Civil Veterinary Dept. Bombay admin report 1893-99 - 1893-1899
Year: 1893
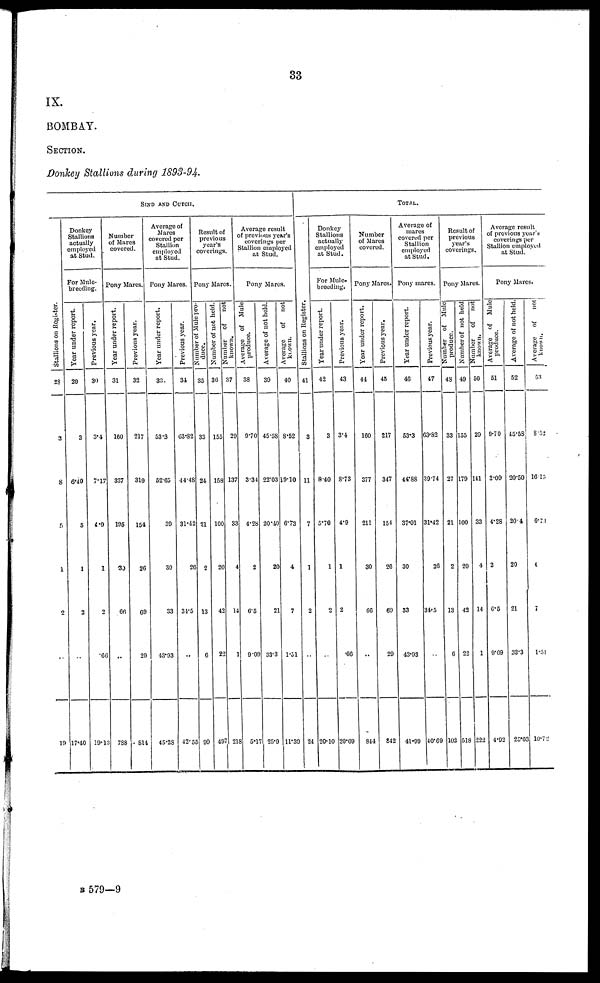
33
IX.
BOMBAY.
SECTION.
Donkey Stallions during 1893-94.
SIND AND CUTCH.
Stallions on Regi s t
er .
28
3
8
5
1
2
..
19
Donkey
Stallions
actually
employed
at Stud.
For Mule-
breeding.
Year under report.
29
3
6.40
5
1
2
..
17.40
Previous year.
30
3.4
7.17
4.9
1
2
.60
19.13
Number
of Mares
covered.
Pony Mares.
Year under report.
31
160
837
195
30
66
..
788
Previous year.
32
217
319
154
26
69
20
814
Average of
Mares
covered per
Stallion
employed
at Stud.
Pony Mares.
Year under report.
33
53.3
52.65
39
30
33
43.93
45.28
Previous year.
34
63.82
44.48
31.42
26
34.5
..
42.55
Result of
previous
year's
coverings.
Pony Ma
res.
Number of Mule pro-
duce.
35
33
24
21
2
13
6
90
Number of not held.
36
155
168
100
20
43
22
497
Number
of not
known.
37
29
137
33
4
14
1
218
Average result
of previous year's
coverings per
Stallion employe
at Stud.
Pony Mares.
Average of Mule
produce.
38
9.70
3.84
4.28
2
6.5
9.09
5.17
Average of not hold.
30
45.58
22.03
20.40
20
21
33.3
25.9
Average
of not
known.
40
8.52
19.10
6.73
4
7
1.51
11.39
TOTAL.
St al l
i
ons on Register.
41
3
11
7
1
2
..
24
Donkey
Stallions
actually
employed
at Stud.
For Mule-
breeding.
Year under report.
42
3
8.40
5.70
1
2
..
20.10
Previous year.
43
3.4
8.73
4.9
1
2
.66
20.69
Number
of Mares
covered.
Pony Mares.
Year under report.
44
160
377
211
30
66
..
844
Previous year.
45
217
347
154
26
69
29
842
Average of
mares
covered per
Stallion
employed
at Stud.
Pony mares.
Year under report.
46
53.3
44.88
37.01
30
33
43.93
41.99
Previous year.
47
63.82
39.74
31.42
36
34.5
..
40.69
Result of
previous
year's
coverings.
Pony Mares.
Number
of Mule
produce.
48
83
27
21
2
13
6
102
Number of not held
49
155
179
100
20
42
22
518
Number of not
known.
50
20
141
33
4
14
1
222
Average result
of previous year's
coverings per
Stallion employed
at Stud.
Pony Mares.
Average of Mule
produce.
51
9.70
3.09
4.28
2
6.5
9.09
4.92
Average
of not held.
52
45.68
20.50
20.4
20
21
38.3
25.03
Average
of not
known.
53
8.52
16.15
6.74
4
7
1.51
10.72
B 579—9